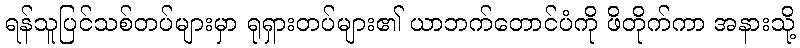
ရန်သူပြင်သစ်တပ်များမှာ ရုရှားတပ်များ၏ ယာဘက်တောင်ပံကို ဖိတိုက်ကာ အနားသို့